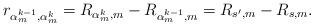
LaTeX: \begin{align*}r_{\alpha_m^{k-1},\alpha_m^k} = R_{\alpha_m^{k},m} - R_{\alpha_m^{k-1},m} =R_{s',m} - R_{s,m}.\end{align*}